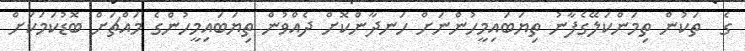
ގެ  ތަކުން ތިމަންކަލޭގެފާނު ތިޔަބައިމީހުންނަށް ހަނދާންކޮށް ދެއްވުން ތިޔަބައިމީހުންގެ މައްޗަށް ބޮޑުކަމަކަށް